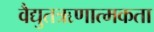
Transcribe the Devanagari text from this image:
वैद्युतऋणात्मकता